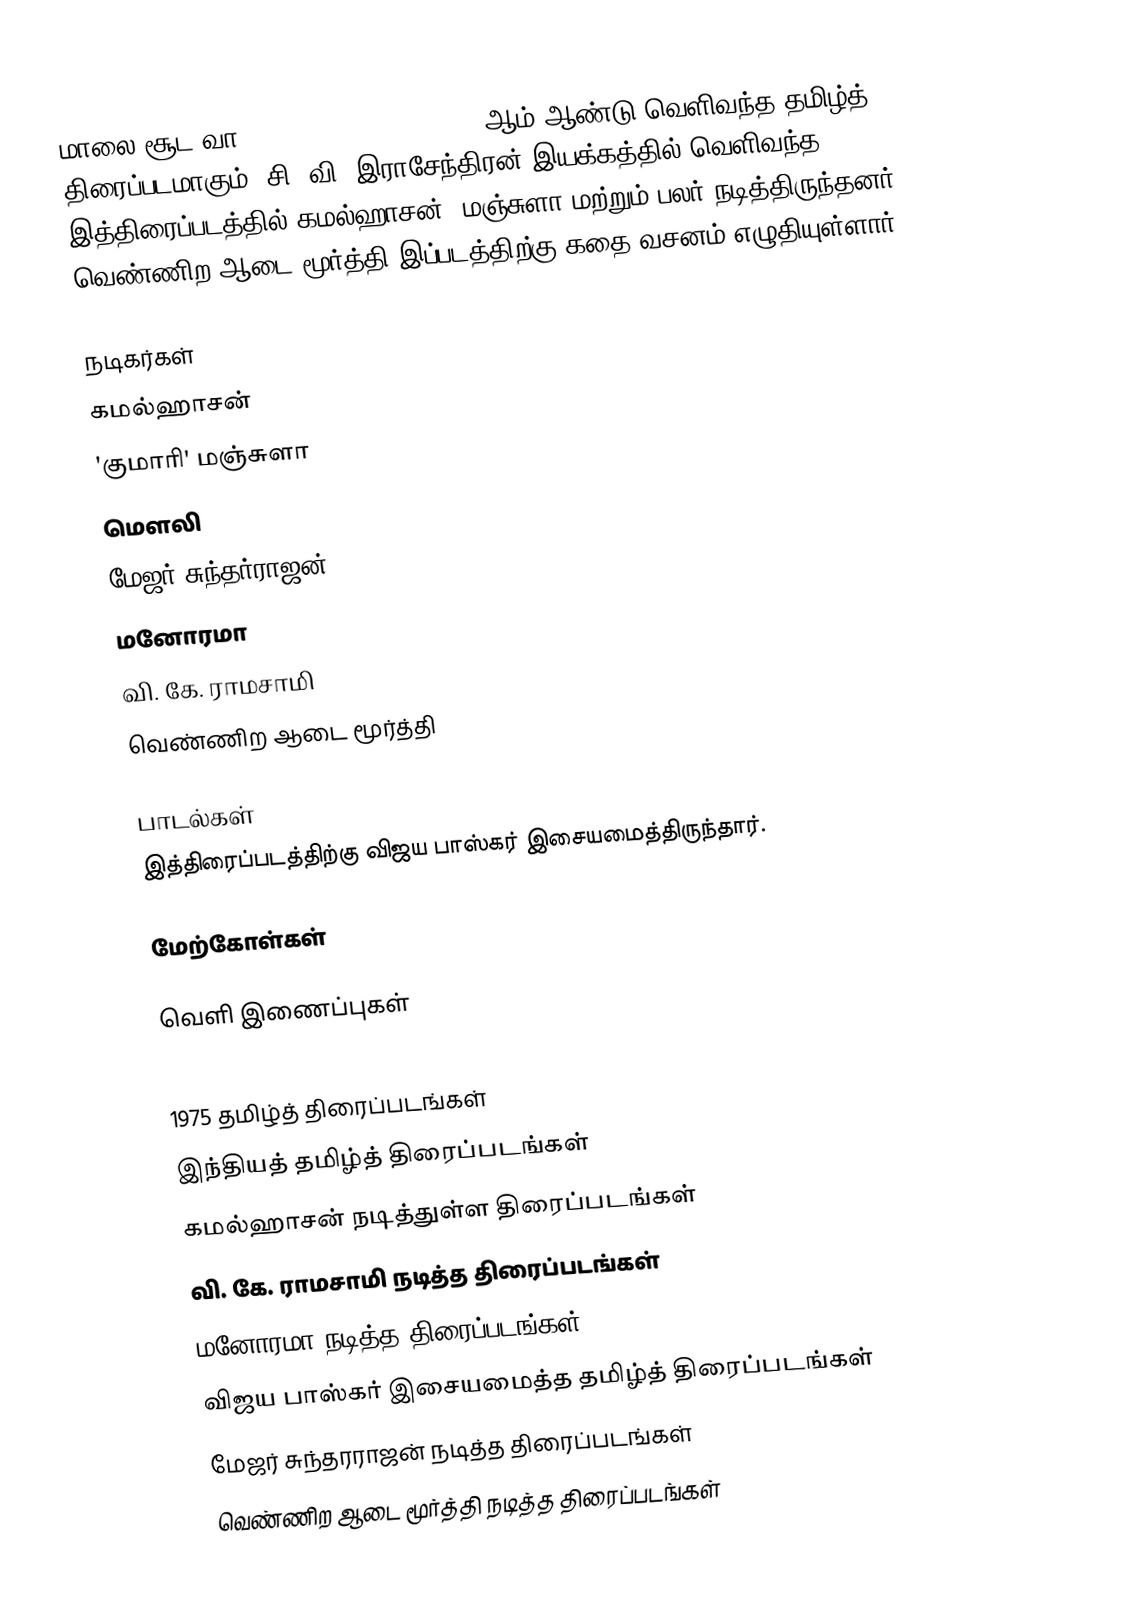
மாலை சூட வா (Maalai Sooda Vaa) 1975 ஆம் ஆண்டு வெளிவந்த தமிழ்த் திரைப்படமாகும். சி. வி. இராசேந்திரன் இயக்கத்தில்  வெளிவந்த இத்திரைப்படத்தில் கமல்ஹாசன், மஞ்சுளா மற்றும் பலர் நடித்திருந்தனர். வெண்ணிற ஆடை மூர்த்தி இப்படத்திற்கு கதை வசனம் எழுதியுள்ளார்.

நடிகர்கள்
 கமல்ஹாசன்
 'குமாரி' மஞ்சுளா
 மௌலி
 மேஜர் சுந்தர்ராஜன்
 மனோரமா
 வி. கே. ராமசாமி
 வெண்ணிற ஆடை மூர்த்தி

பாடல்கள்
இத்திரைப்படத்திற்கு விஜய பாஸ்கர் இசையமைத்திருந்தார்.

மேற்கோள்கள்

வெளி இணைப்புகள்

1975 தமிழ்த் திரைப்படங்கள்
இந்தியத் தமிழ்த் திரைப்படங்கள்
கமல்ஹாசன் நடித்துள்ள திரைப்படங்கள்
வி. கே. ராமசாமி நடித்த திரைப்படங்கள்
மனோரமா நடித்த திரைப்படங்கள்
விஜய பாஸ்கர் இசையமைத்த தமிழ்த் திரைப்படங்கள்
மேஜர் சுந்தரராஜன் நடித்த திரைப்படங்கள்
வெண்ணிற ஆடை மூர்த்தி நடித்த திரைப்படங்கள்